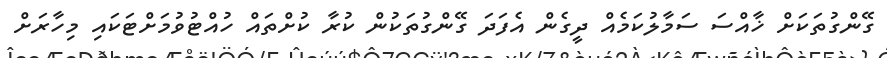
ގޭންގުތަކަށް ޚާއްސަ ސަމާލުކަމެއް ދީގެން އެފަދަ ގޭންގުތަކުން ކުރާ ކުށްތައް ހުއްޓުވުމަށްޓަކައި މިހާރަށް